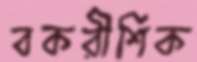
বকরীশিক